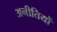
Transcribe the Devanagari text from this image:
अनीतियों